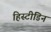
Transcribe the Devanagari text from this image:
हिस्टीडिन